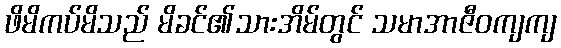
ဖိမိကပ်မိသည် မိခင်၏သားအိမ်တွင် သမာအာဇီဝကျကျ